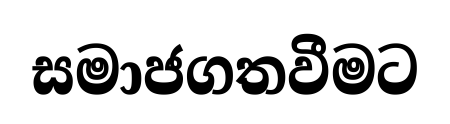
සමාජගතවීමට